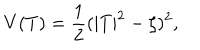
V ( T ) = \frac 1 2 ( | T | ^ { 2 } - \zeta ) ^ { 2 } ,